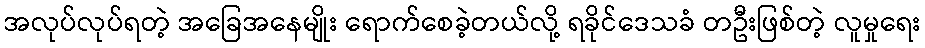
အလုပ်လုပ်ရတဲ့ အခြေအနေမျိုး ရောက်စေခဲ့တယ်လို့ ရခိုင်ဒေသခံ တဦးဖြစ်တဲ့ လူမှုရေး